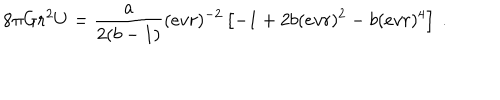
LaTeX: 8 \pi G r ^ { 2 } U = { \frac { { a } } { 2 ( { { b } } - 1 ) } } ( e v r ) ^ { - 2 } \left[ - 1 + 2 { { b } } ( e v r ) ^ { 2 } - { { b } } ( e v r ) ^ { 4 } \right] \ .